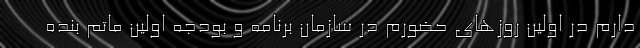
دارم در اولین روزهای حضورم در سازمان برنامه و بودجه اولین ماتم بنده